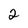
Character: 2